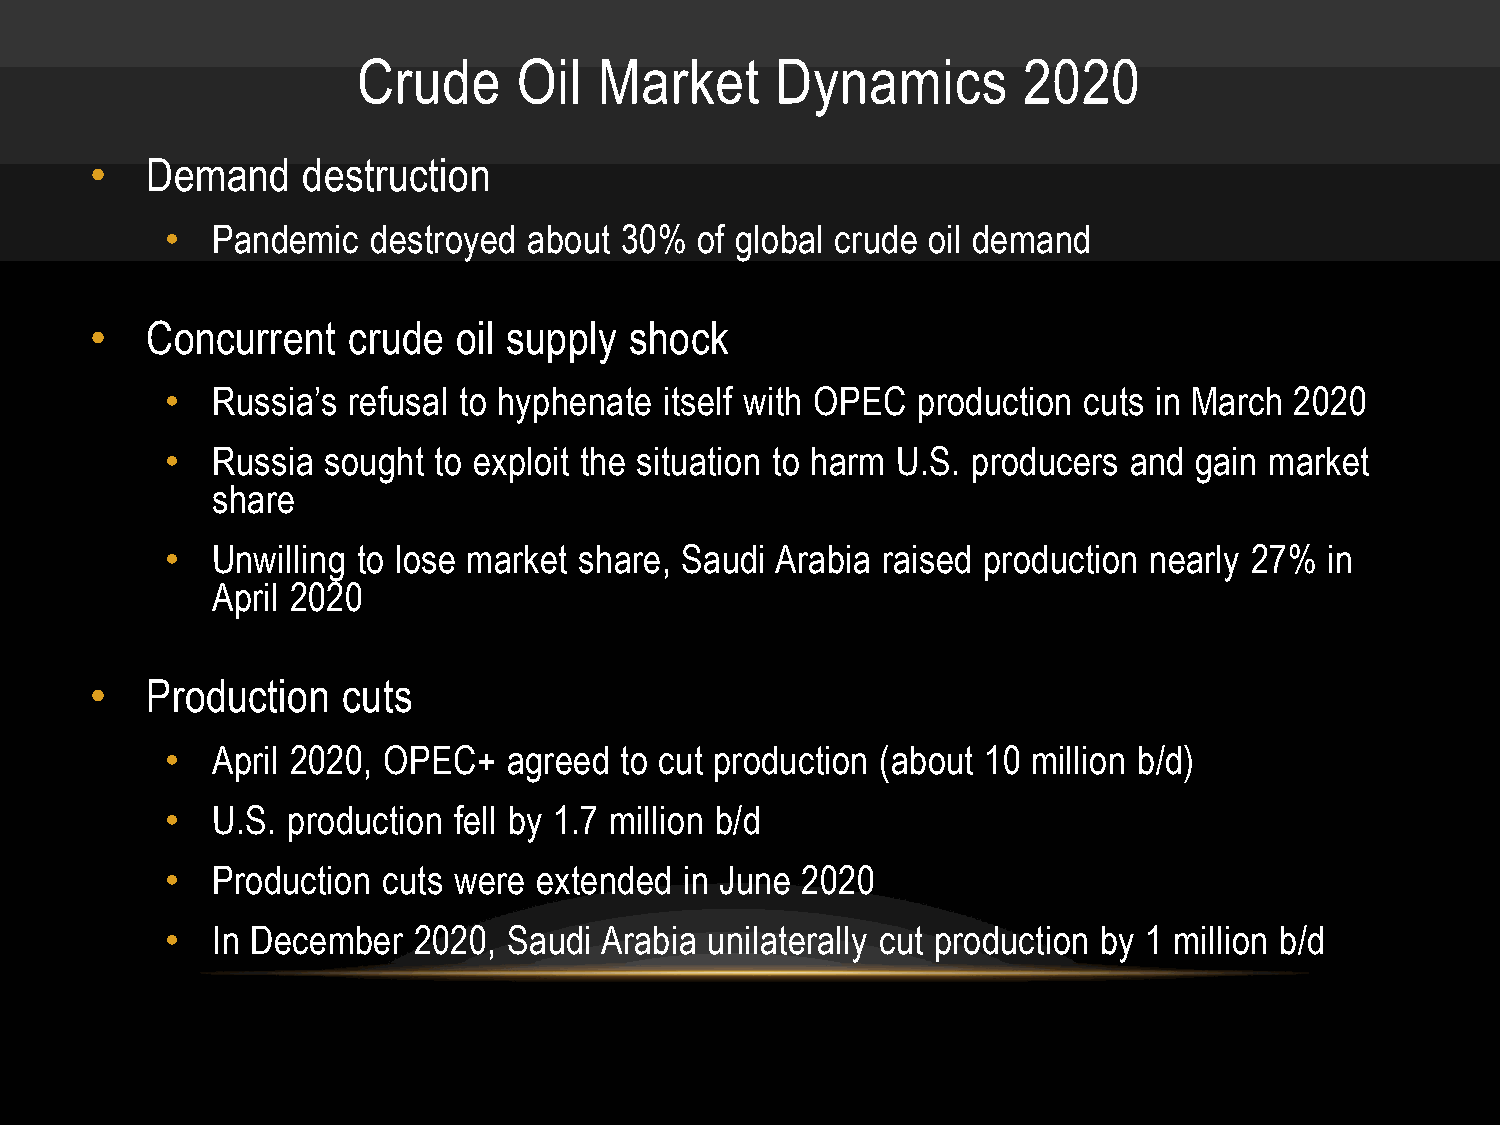
Crude     Oil   Market     Dynamics         2020
 •   Demand    destruction
 •  Pandemic   destroyed about 30%  of global crude oil demand
 •   Concurrent   crude  oil supply  shock
 •  Russia’s refusal to hyphenate itself with OPEC production cuts in March 2020
 •  Russia sought  to exploit the situation to harm U.S. producers and gain market
 share
 •  Unwilling to lose market share, Saudi Arabia raised production nearly 27% in
 April 2020
 •   Production   cuts
 •  April 2020, OPEC+   agreed to cut production (about 10 million b/d)
 •  U.S. production fell by 1.7 million b/d
 •  Production cuts were extended  in June 2020
 •  In December  2020,  Saudi Arabia unilaterally cut production by 1 million b/d